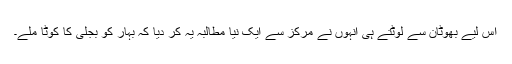
اس لیے بھوٹان سے لوٹتے ہی انہوں نے مرکز سے ایک نیا مطالبہ یہ کر دیا کہ بہار کو بجلی کا کوٹا ملے۔